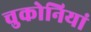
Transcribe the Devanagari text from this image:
चुकोनियां